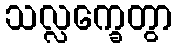
သလ္လက္ခေတွာ